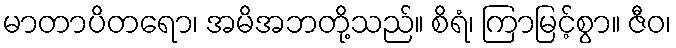
မာတာပိတရော၊ အမိအဘတို့သည်။ စိရံ၊ ကြာမြင့်စွာ။ ဇီဝ၊